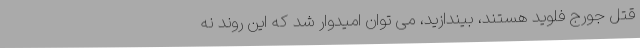
قتل جورج فلوید هستند، بیندازید، می توان امیدوار شد که این روند نه